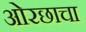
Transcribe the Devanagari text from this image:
ओरछाचा